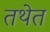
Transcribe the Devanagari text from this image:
तथेत